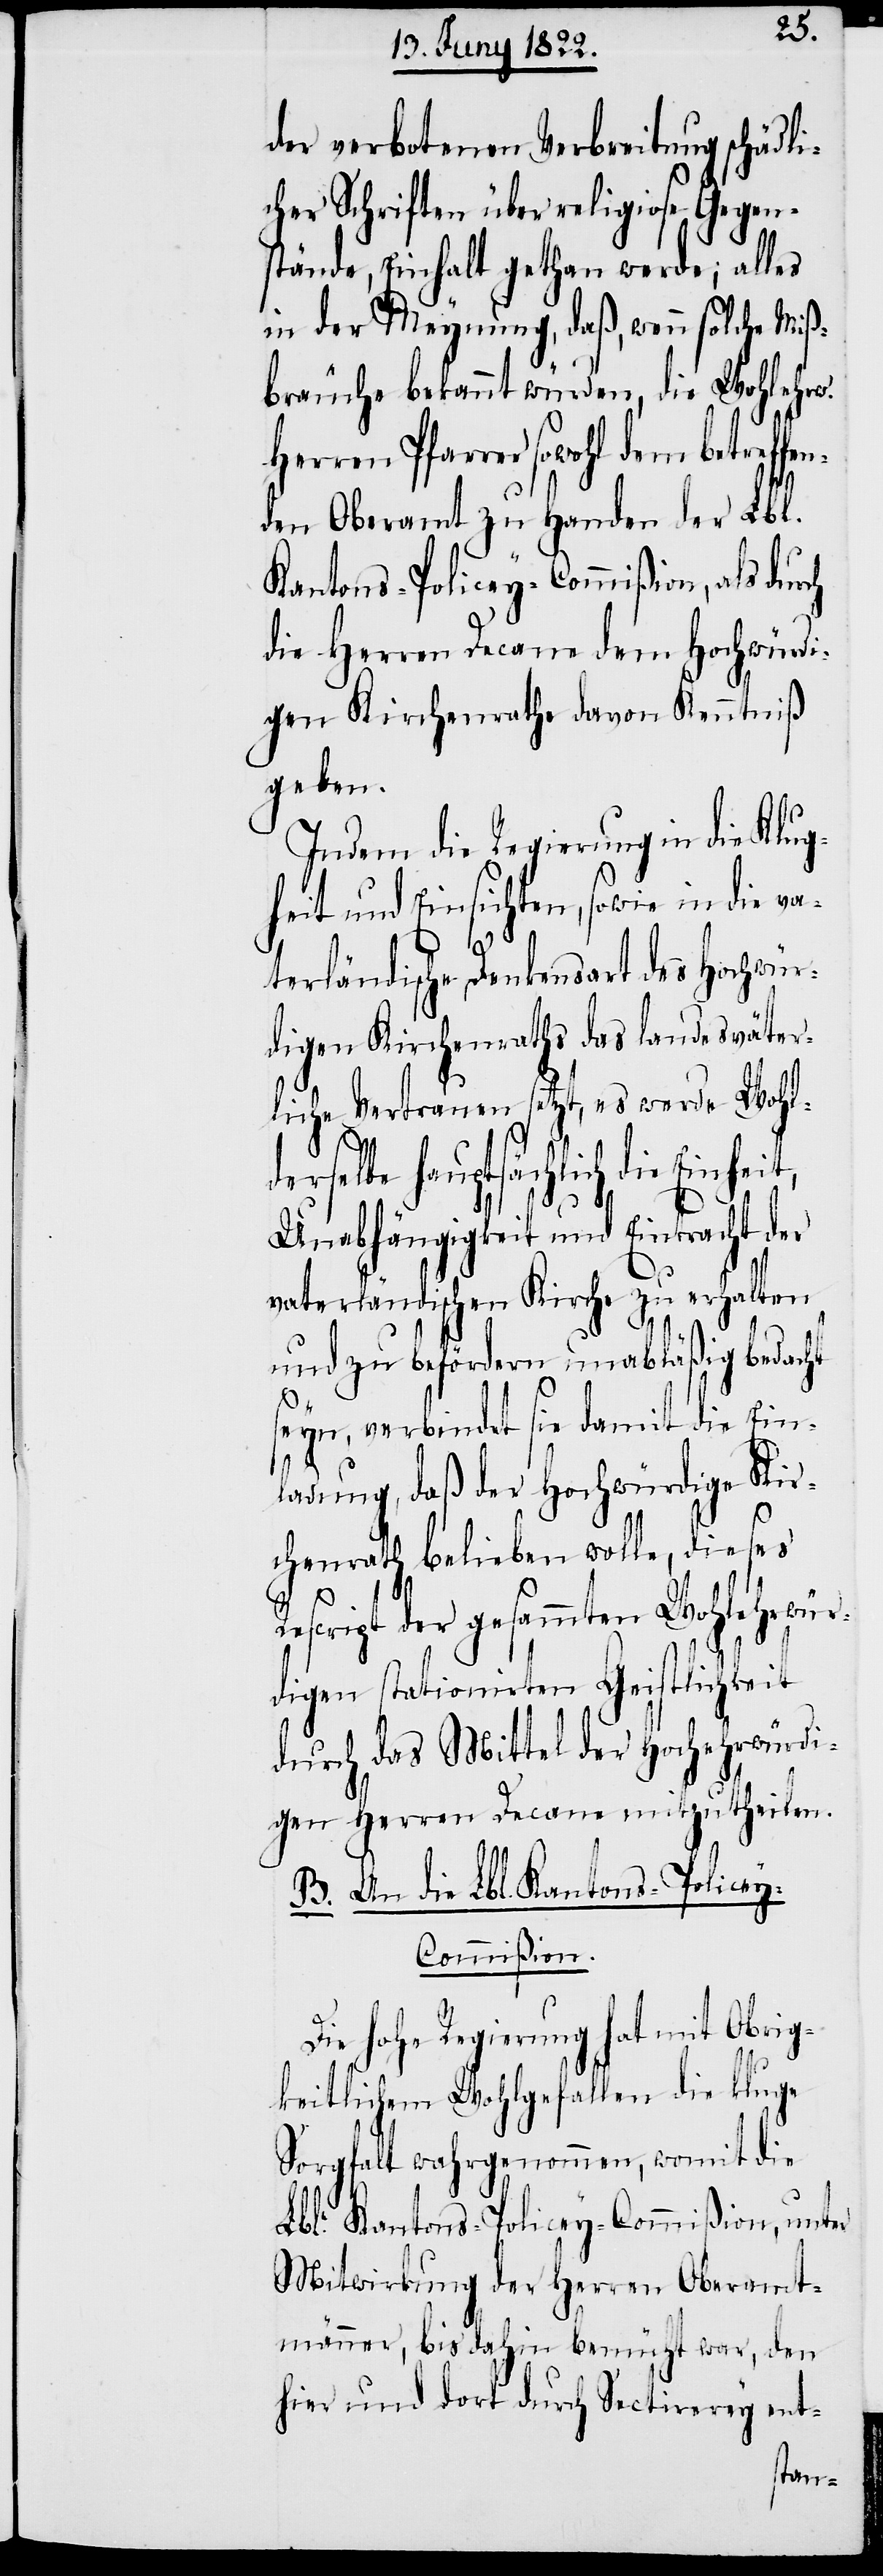
der verbotenen Verbreitung schädli¬
cher Schriften über religiose Gegen¬
stände, Einhalt gethan werde; alles
in der Meynung, daß, wenn solche Miß¬
bräuche bekannt würden, die Wohlehrw.
Herren Pfarrer sowohl dem betreffe¬
nden Oberamt zu Handen der Lbl.
Kantons-Policey-Commißion, als dur¬
die Herren Decane dem Hochehrwü¬
gen Kirchenrathe davon Kenntniß
geben.
Indem die Regierung in die Klug¬
heit und Einsichten, sowie in die va¬
ür¬
terländische Denkensart des Hochehrw¬
digen Kirchenraths das landesväter¬
liche Vertrauen setzt, es werde Wohld¬
erselbe hauptsächlich die
Unabhängigkeit und Eintracht der
vaterländischen Kirche zu erhalten
und zu befördern unabläßig bedacht
seyn, verbindet sie damit die Ein¬
ladung, daß der Hochwürdige Kir¬
chenrath belieben wolle, dieses
Rescript der gesammten Wohlehrwür¬
digen stationierten Geistlichkeit
durch das Mittel der Hochehrwürdi¬
gen Herren Decane mitzutheilen.
B. An die Lbl. Kantons-Police¬
y-Commißion.
ch
Die hohe Regierung hat mit Obrig¬
keitlichem Wohlgefallen die kluge
Sorgfalt wahrgenommen, womit die
Lbl. Kantons-Policey-Commißion, unter
Mitwirkung der Herren Oberamt¬
männer, bis dahin bemüht war, den
hier und dort durch Sectirerey ent-